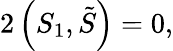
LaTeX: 2\left(S_{1},\tilde{S}\right)=0,